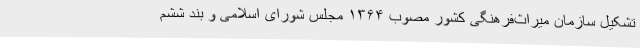
تشکیل سازمان میراث‌فرهنگی کشور مصوب ۱۳۶۴ مجلس شورای اسلامی و بند ششم